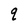
Character: q